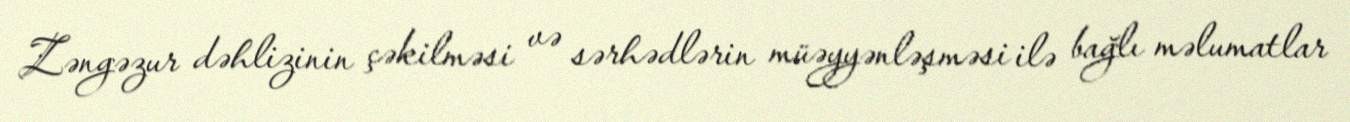
Zəngəzur dəhlizinin çəkilməsi və sərhədlərin müəyyənləşməsi ilə bağlı məlumatlar